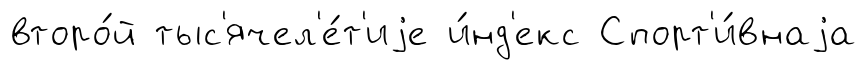
второ́й тыс'ячел'е́т'иjе и́нд'екс Спорт'и́внаjа